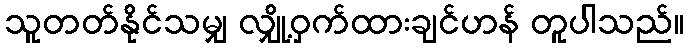
သူတတ်နိုင်သမျှ လျှို့ဝှက်ထားချင်ဟန် တူပါသည်။